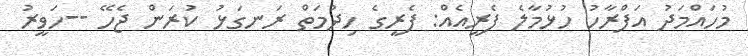
މުހައްމަދު އަފްރާހު ހުޅުމާލެ ފެރީއެއް: ފެރީގެ ހިދުމަތް ރަނގަޅު ކުރަން ޖެހޭ --ހަވީރު